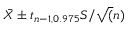
{ \bar { X } } \pm t _ { n - 1 , 0 . 9 7 5 } S / { \sqrt { ( } } n )